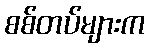
စစ်တပ်များက